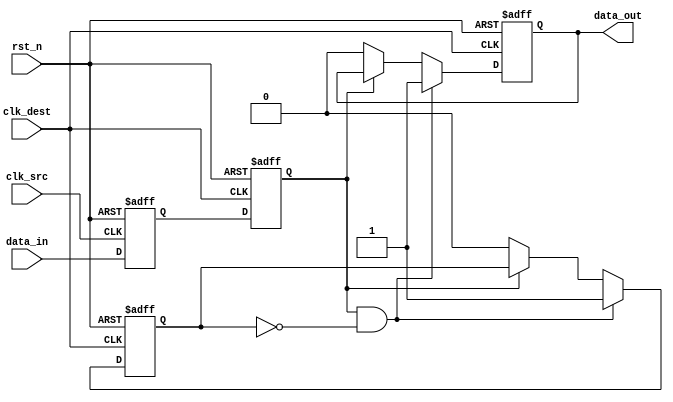
module pulsed_synchronizer (
    input wire clk_src,       // Source clock
    input wire clk_dest,      // Destination clock
    input wire data_in,       // Asynchronous input signal
    input wire rst_n,         // Asynchronous active-low reset
    output reg data_out       // Pulsed output signal
);

    // Internal signals for synchronization
    reg sync_ff1;             // First stage flip-flop output
    reg sync_ff2;             // Second stage flip-flop output
    reg pulse_gen;            // Pulse generator signal

    // First stage: Sample data_in on clk_src
    always @(posedge clk_src or negedge rst_n) begin
        if (!rst_n) begin
            sync_ff1 <= 1'b0;
        end else begin
            sync_ff1 <= data_in;
        end
    end

    // Second stage: Sample sync_ff1 on clk_dest
    always @(posedge clk_dest or negedge rst_n) begin
        if (!rst_n) begin
            sync_ff2 <= 1'b0;
        end else begin
            sync_ff2 <= sync_ff1;
        end
    end

    // Pulse generation logic
    always @(posedge clk_dest or negedge rst_n) begin
        if (!rst_n) begin
            data_out <= 1'b0;
            pulse_gen <= 1'b0;
        end else begin
            // Generate a pulse on data_out for each rising edge of sync_ff2
            if (sync_ff2 && !pulse_gen) begin
                data_out <= 1'b1;  // Generate pulse
                pulse_gen <= 1'b1; // Set pulse generator flag
            end else if (!sync_ff2) begin
                data_out <= 1'b0;  // Reset pulse output
                pulse_gen <= 1'b0;  // Reset pulse generator flag
            end
        end
    end

endmodule